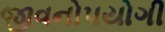
જીવનોપયોગી